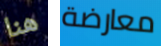
هنا معارضة